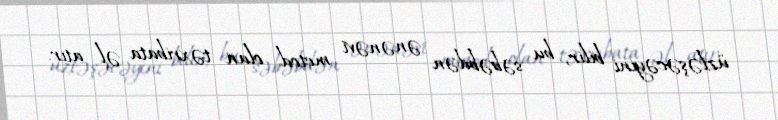
üzləşəcəyini bilir, bu səbəbdən ənənəvi metod olan təxribata əl atır.